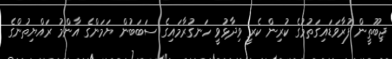
ޖިބޫތީން ފުރާވަޑައިގަތުމުގެ ކުރިން ކެރީ ވިދާޅުވީ ހަނގުރާމައިގެ ސަބަބުން ޔަމަންގެ އާންމު ރައްޔިތުންގެ